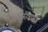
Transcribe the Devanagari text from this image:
कुस्करा